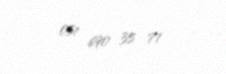
051 690 35 71